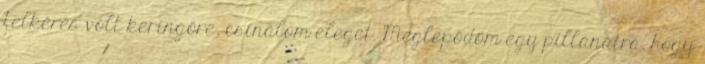
felkérés volt keringőre, csinálom eleget. Meglepődöm egy pillanatra, hogy